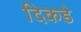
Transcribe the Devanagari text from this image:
दिकडे